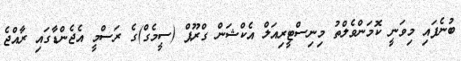
ބުނެފައި މިވަނީ ކޮމަންވެލްތު މިނިސްޓީރިއަލް އެކްޝަން ގްރޫޕް (ސީމެގް)ގެ ރަސްމީ އެޖެންޑާގައި ރާއްޖެ